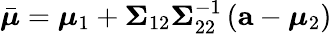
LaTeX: {\bar{\boldsymbol{\mu}}}={\boldsymbol{\mu}}_{1}+{\boldsymbol{\Sigma}}_{12}{\boldsymbol{\Sigma}}_{22}^{-1}\left(\mathbf{a}-{\boldsymbol{\mu}}_{2}\right)